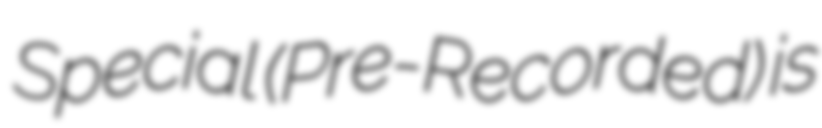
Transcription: Special (Pre-Recorded) is